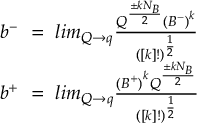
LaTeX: \begin{array} { c } { { b ^ { - } ~ = ~ l i m _ { Q \to q } { \frac { Q ^ { \frac { \pm k N _ { B } } { 2 } } { ( B ^ { - } ) } ^ { k } } { ( [ k ] ! ) ^ { \frac { 1 } { 2 } } } } } } \\ { { b ^ { + } ~ = ~ l i m _ { Q \to q } { { \frac { { ( B ^ { + } ) } ^ { k } Q ^ { { \frac { \pm k N _ { B } } { 2 } } } } { ( [ k ] ! ) ^ { \frac { 1 } { 2 } } } } } } } \end{array}